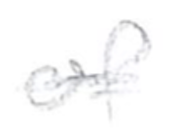
Text: of
Cross-out: single-line
Writing tool: pencil